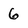
Character: 6